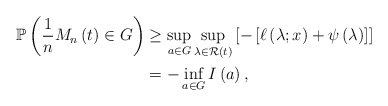
\begin{align*}\mathbb{P} \left( \frac{1}{n} M_{n} \left( t \right) \in G \right)&\geq \sup_{a \in G} \sup_{\lambda \in \mathcal{R} \left( t \right)} \left[ - \left[ \ell \left( \lambda ; x \right) + \psi \left( \lambda \right) \right] \right]\\&= - \inf_{a \in G} I \left( a \right),\end{align*}